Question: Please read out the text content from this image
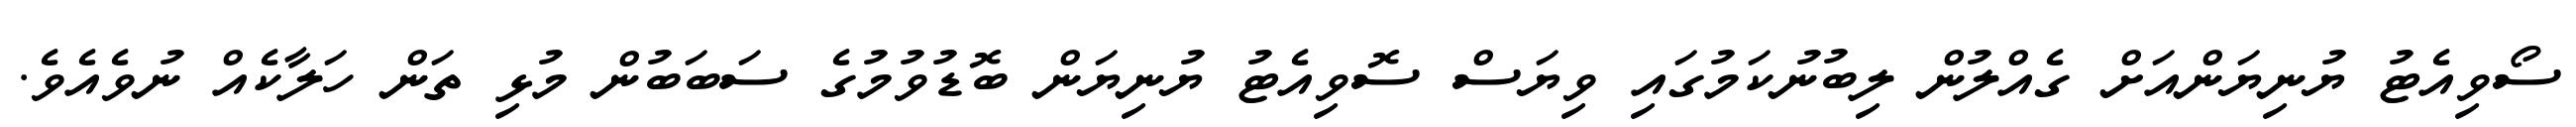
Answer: ސޯވިއެޓު ޔުނިޔަންއަށް ގެއްލުން ލިބުނުކަމުގައި ވިޔަސް ސޮވިއެޓު ޔުނިޔަން ބޮޑުވުމުގެ ސަބަބުން މުޅި ތަން ހަލާކެއް ނުވެއެވެ.